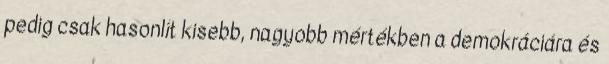
pedig csak hasonlít kisebb, nagyobb mértékben a demokráciára és